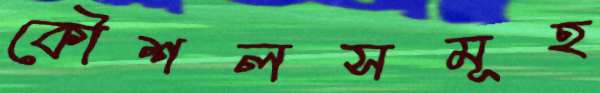
কৌশলসমূহ